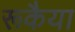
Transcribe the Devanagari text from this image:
रूकैया